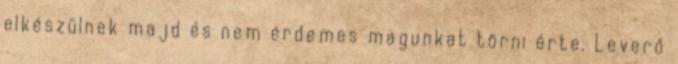
elkészülnek majd és nem érdemes magunkat törni érte. Leverő